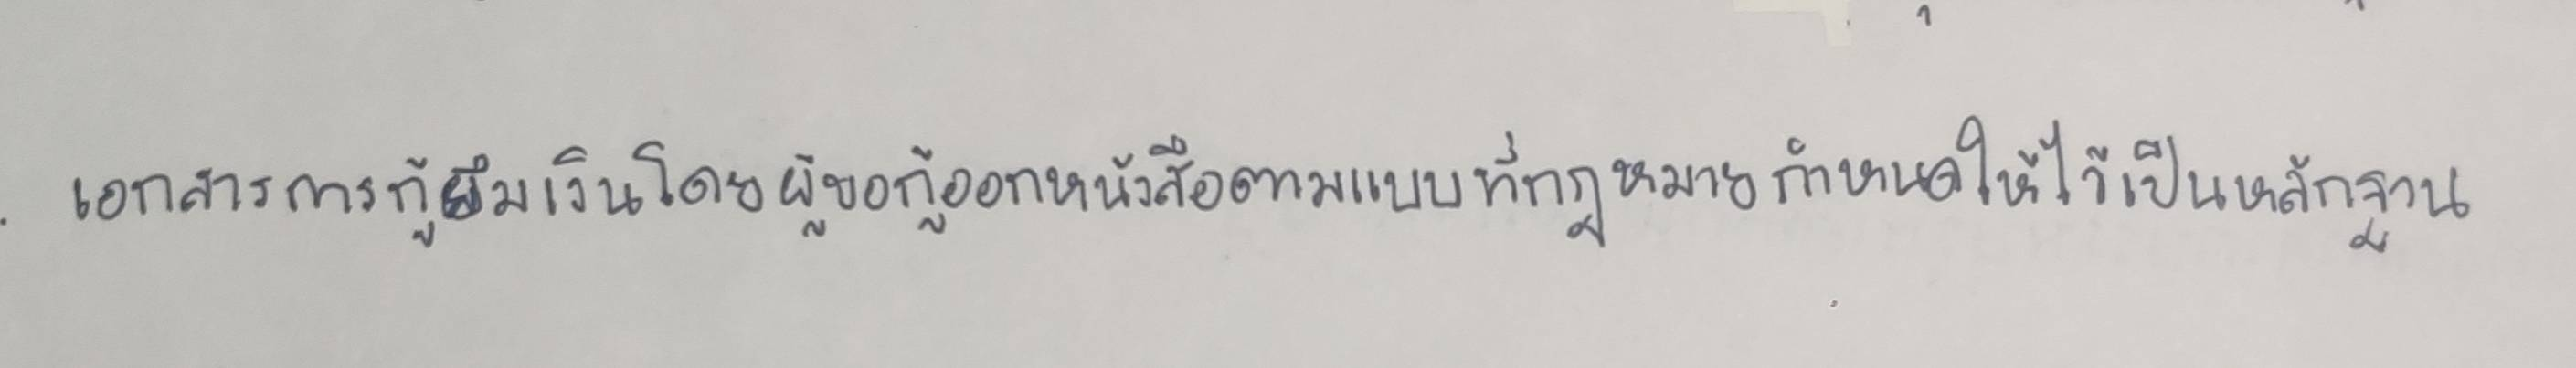
เอกสารการกู้ยืมเงินโดยผู้ขอกู้ออกหนังสือตามแบบที่กฎหมายกำหนดให้ไว้เป็นหลักฐาน